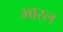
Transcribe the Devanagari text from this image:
भारल